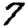
Digit: 7